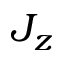
J _ { z }